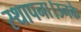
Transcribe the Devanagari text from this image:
स्थापना।उनके